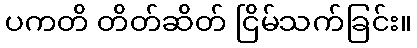
ပကတိ တိတ်ဆိတ် ငြိမ်သက်ခြင်း။